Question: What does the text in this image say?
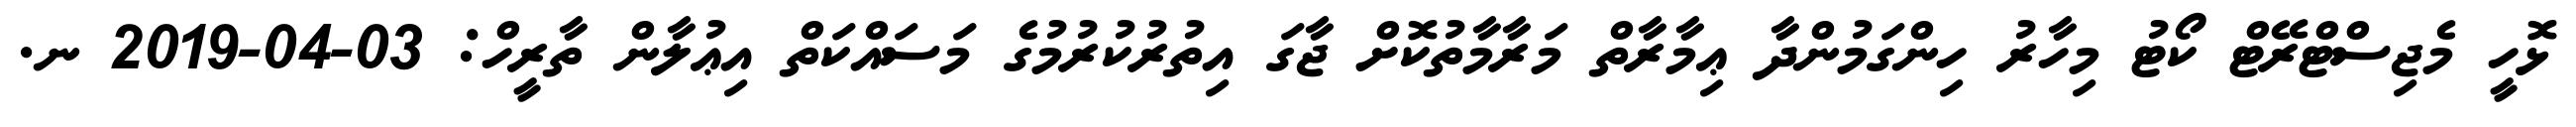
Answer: ޅޮހީ މެޖިސްޓްރޭޓް ކޯޓު މިހާރު ހިންގަމުންދާ ޢިމާރާތް މަރާމާތުކޮށް ޖާގަ އިތުރުކުރުމުގެ މަސައްކަތް އިޢުލާން ތާރީހް: 03-04-2019 ނ.